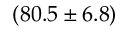
( 8 0 . 5 \pm 6 . 8 ) \